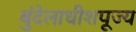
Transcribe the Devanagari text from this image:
बुंदेलाधीशपूज्य